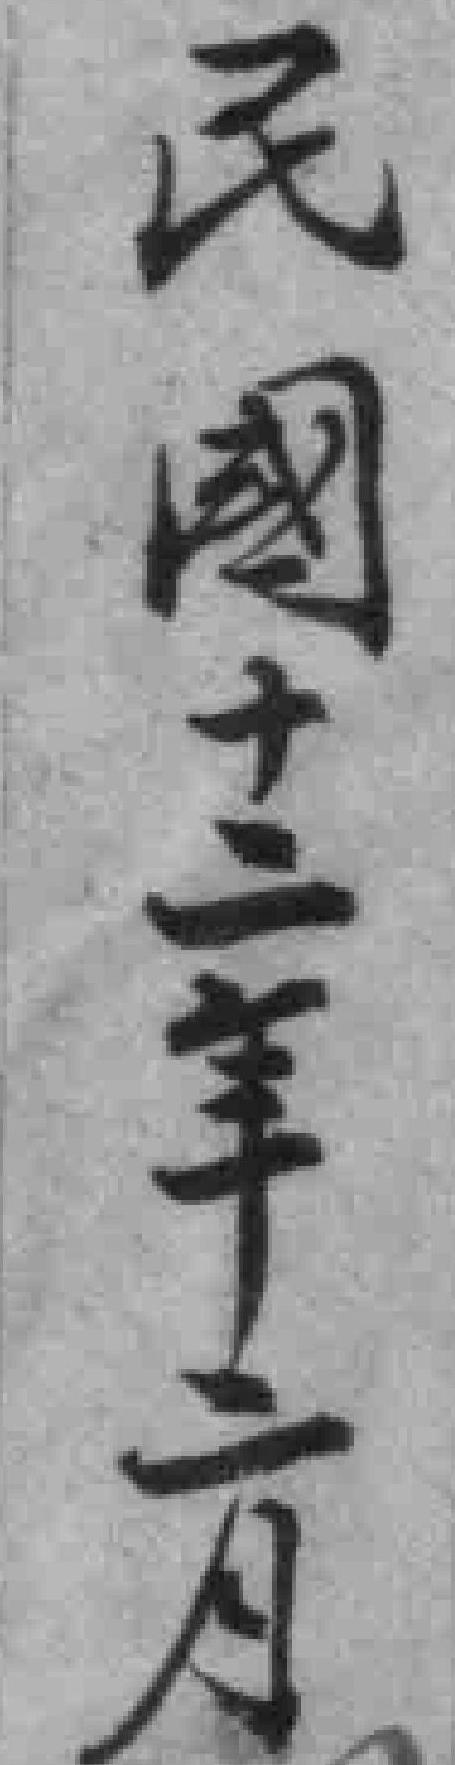
民國十二年二月